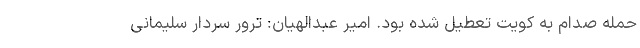
حمله صدام به کویت تعطیل شده بود. امیر عبدالهیان: ترور سردار سلیمانی